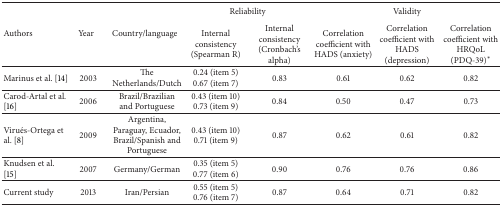
<table><thead><tr><td rowspan="2"><b>Authors</b></td><td rowspan="2"><b>Year</b></td><td rowspan="2"><b>Country/language</b></td><td colspan="2"><b>Reliability</b></td><td colspan="3"><b>Validity</b></td></tr><tr><td><b>Internal consistency (Spearman R)</b></td><td><b>Internal consistency (Cronbach&#x27;s alpha)</b></td><td><b>Correlation coefficient with HADS (anxiety)</b></td><td><b>Correlation coefficient with HADS (depression)</b></td><td><b>Correlation coefficient with HRQoL (PDQ-39)*</b></td></tr></thead><tbody><tr><td>Marinus et al. [14]</td><td>2003</td><td>The Netherlands/Dutch</td><td>0.24 (item 5) 0.67 (item 7)</td><td>0.83</td><td>0.61</td><td>0.62</td><td>0.82</td></tr><tr><td>Carod-Artal et al. [16]</td><td>2006</td><td>Brazil/Brazilian and Portuguese</td><td>0.43 (item 10)0.73 (item 9)</td><td>0.84</td><td>0.50</td><td>0.47</td><td>0.73</td></tr><tr><td>Virués-Ortega et al. [8]</td><td>2009</td><td>Argentina, Paraguay, Ecuador, Brazil/Spanish and Portuguese</td><td>0.43 (item 10)0.71 (item 9)</td><td>0.87</td><td>0.62</td><td>0.61</td><td>0.82</td></tr><tr><td>Knudsen et al. [15]</td><td>2007</td><td>Germany/German</td><td>0.35 (item 5) 0.77 (item 6)</td><td>0.90</td><td>0.76</td><td>0.76</td><td>0.86</td></tr><tr><td>Current study</td><td>2013</td><td>Iran/Persian</td><td>0.55 (item 5) 0.76 (item 7)</td><td>0.87</td><td>0.64</td><td>0.71</td><td>0.82</td></tr></tbody></table>